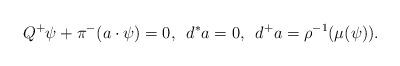
LaTeX: \begin{align*}Q^+\psi + \pi^{-}(a\cdot \psi) = 0,\,\,\, d^*a = 0,\,\,\, d^+a = \rho^{-1}(\mu(\psi)).\end{align*}